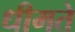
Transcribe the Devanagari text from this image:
धीमते